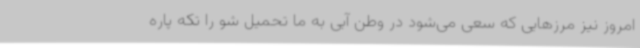
امروز نیز مرزهایی که سعی می‌شود در وطن آبی به ما تحمیل شو را تکه پاره